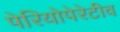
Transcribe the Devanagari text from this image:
पेरियोपेरेटीव